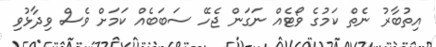
އިތުބާރު ނެތް ކަމުގެ ވޯޓެއް ނަގަން ޖެހޭ ސަބަބެއް ކަމަށް ވެސް ވިދާޅުވި